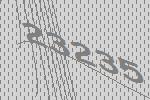
23235